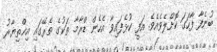
ބުނެފާ ފާހަގަ ކޮށްލެވެއެވެ. އަފީ ކުޅެފައިވާ އެހެން ޑްރާމާ ތަކުގެ ތެރޭގައި އިޚްތިޔާރު